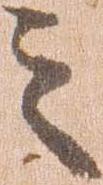
之